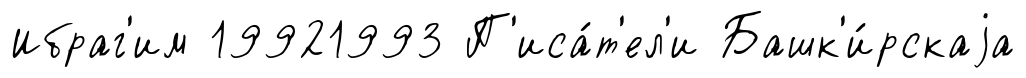
Ибраг'им 19921993 П'иса́т'ел'и Башк'и́рскаjа